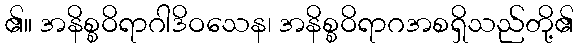
၏။ အနိစ္စဝိရာဂါဒိဝသေန၊ အနိစ္စဝိရာဂအစရှိသည်တို့၏